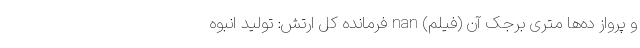
و پرواز ده‌ها متری برجک آن (فیلم) nan فرمانده کل ارتش: تولید انبوه